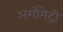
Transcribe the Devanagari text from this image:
अर्गोमेट्री